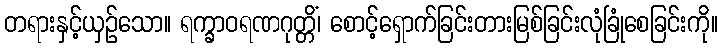
တရားနှင့်ယှဉ်သော။ ရက္ခာဝရဏဂုတ္တိံ၊ စောင့်ရှောက်ခြင်းတားမြစ်ခြင်းလုံခြုံစေခြင်းကို။